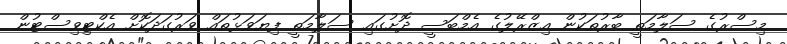
މިސްރުގެ ސަލާމަތީ ބާރުތަކުން އިޒްރޭލުގެ އެމްބަސީ ދޮށުގައި ސަލާމަތީ ފިޔަވަޅުތައް ވަރުގަދަކޮށް އެކްޓިވިސްޓުން